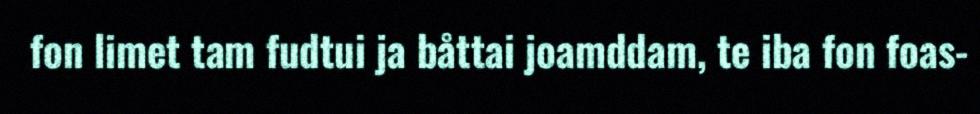
fon limet tam fudtui ja båttai joamddam, te iba fon foas-